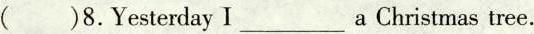
( )8.Yesterday I ___a Christmas tree.